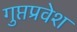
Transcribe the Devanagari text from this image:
गुप्तप्रवेश